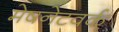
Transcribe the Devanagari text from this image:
मेषनेटवर्क